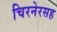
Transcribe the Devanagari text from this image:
चिरनेरसह